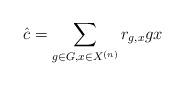
LaTeX: \begin{align*} \hat{c} = \sum_{g \in G, x \in X^{(n)}} r_{g,x} gx\end{align*}